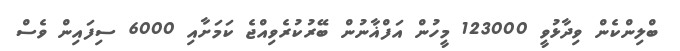
ބްލިންކެން ވިދާޅުވީ 123000 މީހުން އަފްޣާނުން ބޭރުކުރެވިއްޖެ ކަމަށާއި 6000 ސިފައިން ވެސް